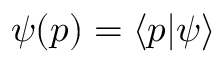
\psi ( p ) = \langle p | \psi \rangle